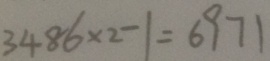
3 4 8 6 \times 2 - 1 = 6 9 7 1